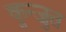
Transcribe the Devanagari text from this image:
कुन्जुत